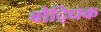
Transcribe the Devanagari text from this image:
बौदि्धक